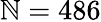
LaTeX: \mathbb{N}=486